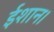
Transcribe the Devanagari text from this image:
ईशान।